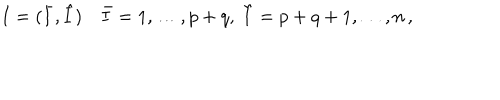
LaTeX: I = ( \bar { I } , \hat { I } ) ~ \bar { I } = 1 , \dots , p + q , ~ \hat { I } = p + q + 1 , \dots , n \, ,